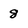
Character: 8